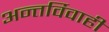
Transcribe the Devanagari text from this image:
अन्तर्विवाही